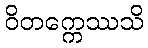
ဝိတက္ကေဿသိ